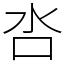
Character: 呇